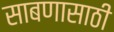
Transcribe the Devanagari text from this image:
साबणासाठी